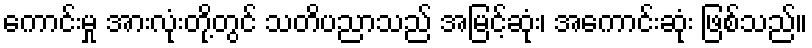
ကောင်းမှု အားလုံးတို့တွင် သတိပညာသည် အမြင့်ဆုံး၊ အကောင်းဆုံး ဖြစ်သည်။